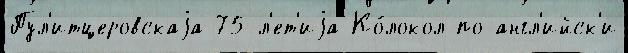
Пул'итцеровскаjа 75-л'ет'иjа Ко́локол по-англ'ийск'и